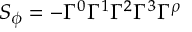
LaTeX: S _ { \phi } = - \Gamma ^ { 0 } \Gamma ^ { 1 } \Gamma ^ { 2 } \Gamma ^ { 3 } \Gamma ^ { \rho }